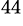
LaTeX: ^{44}